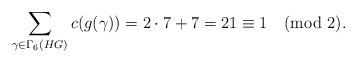
LaTeX: \begin{align*}\sum_{\gamma\in\Gamma_{6}(HG)}c(g(\gamma))=2\cdot7+7=21\equiv 1\pmod 2.\end{align*}